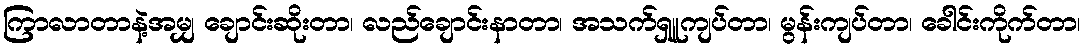
ကြာလာတာနဲ့အမျှ ချောင်းဆိုးတာ၊ လည်ချောင်းနာတာ၊ အသက်ရှူကျပ်တာ၊ မွန်းကျပ်တာ၊ ခေါင်းကိုက်တာ၊